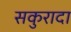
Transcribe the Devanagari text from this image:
सकुरादा